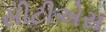
સીટીએસ